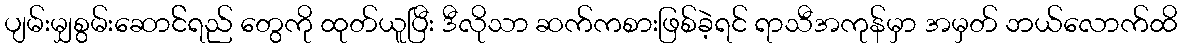
ပျမ်းမျှစွမ်းဆောင််ရည် တွေကို ထုတ်ယူပြီး ဒီလိုသာ ဆက်ကစားဖြစ်ခဲ့ရင် ရာသီအကုန်မှာ အမှတ် ဘယ်လောက်ထိ